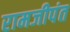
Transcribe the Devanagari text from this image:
रामजीपंत